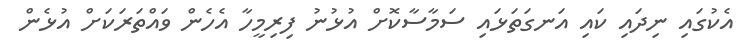
އެކުގައި ނިދައި ކައި އަނގަތަޅައި ސަމާސާކޮށް އުޅުނު ފިރިމީހާ އެހެން ވައްތަރަކަށް އުޅެން